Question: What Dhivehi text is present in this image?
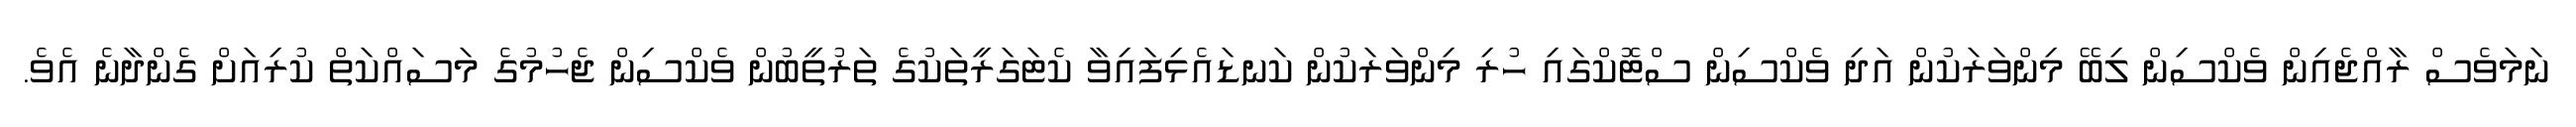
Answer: ނަމަވެސް ރާއްޖެއިން ވެކްސިން ލިބޭ މިންވަރަކުން އަދި ވެކްސިން ސްޓޮކްގައި ހުރި މިންވަރަކުން ކަނޑައެޅިފައިވާ ކެޓަގަރީތަކުގެ ތަރުތީބުން ވެކްސިން ޖެހުމުގެ މަސައްކަތް ކުރިއަށް ގެންދާނެ އެވެ.